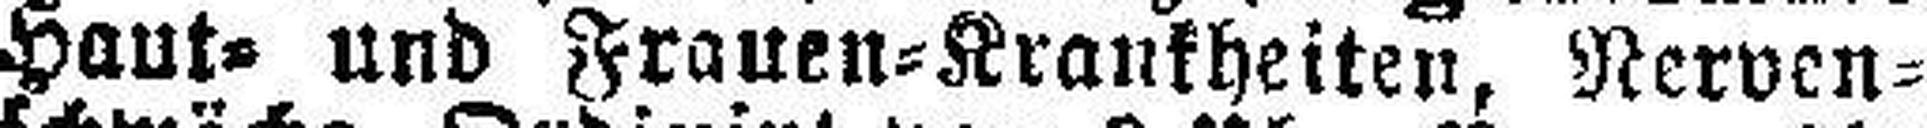
Haut= und Frauen=Krankheiten, Nerven¬